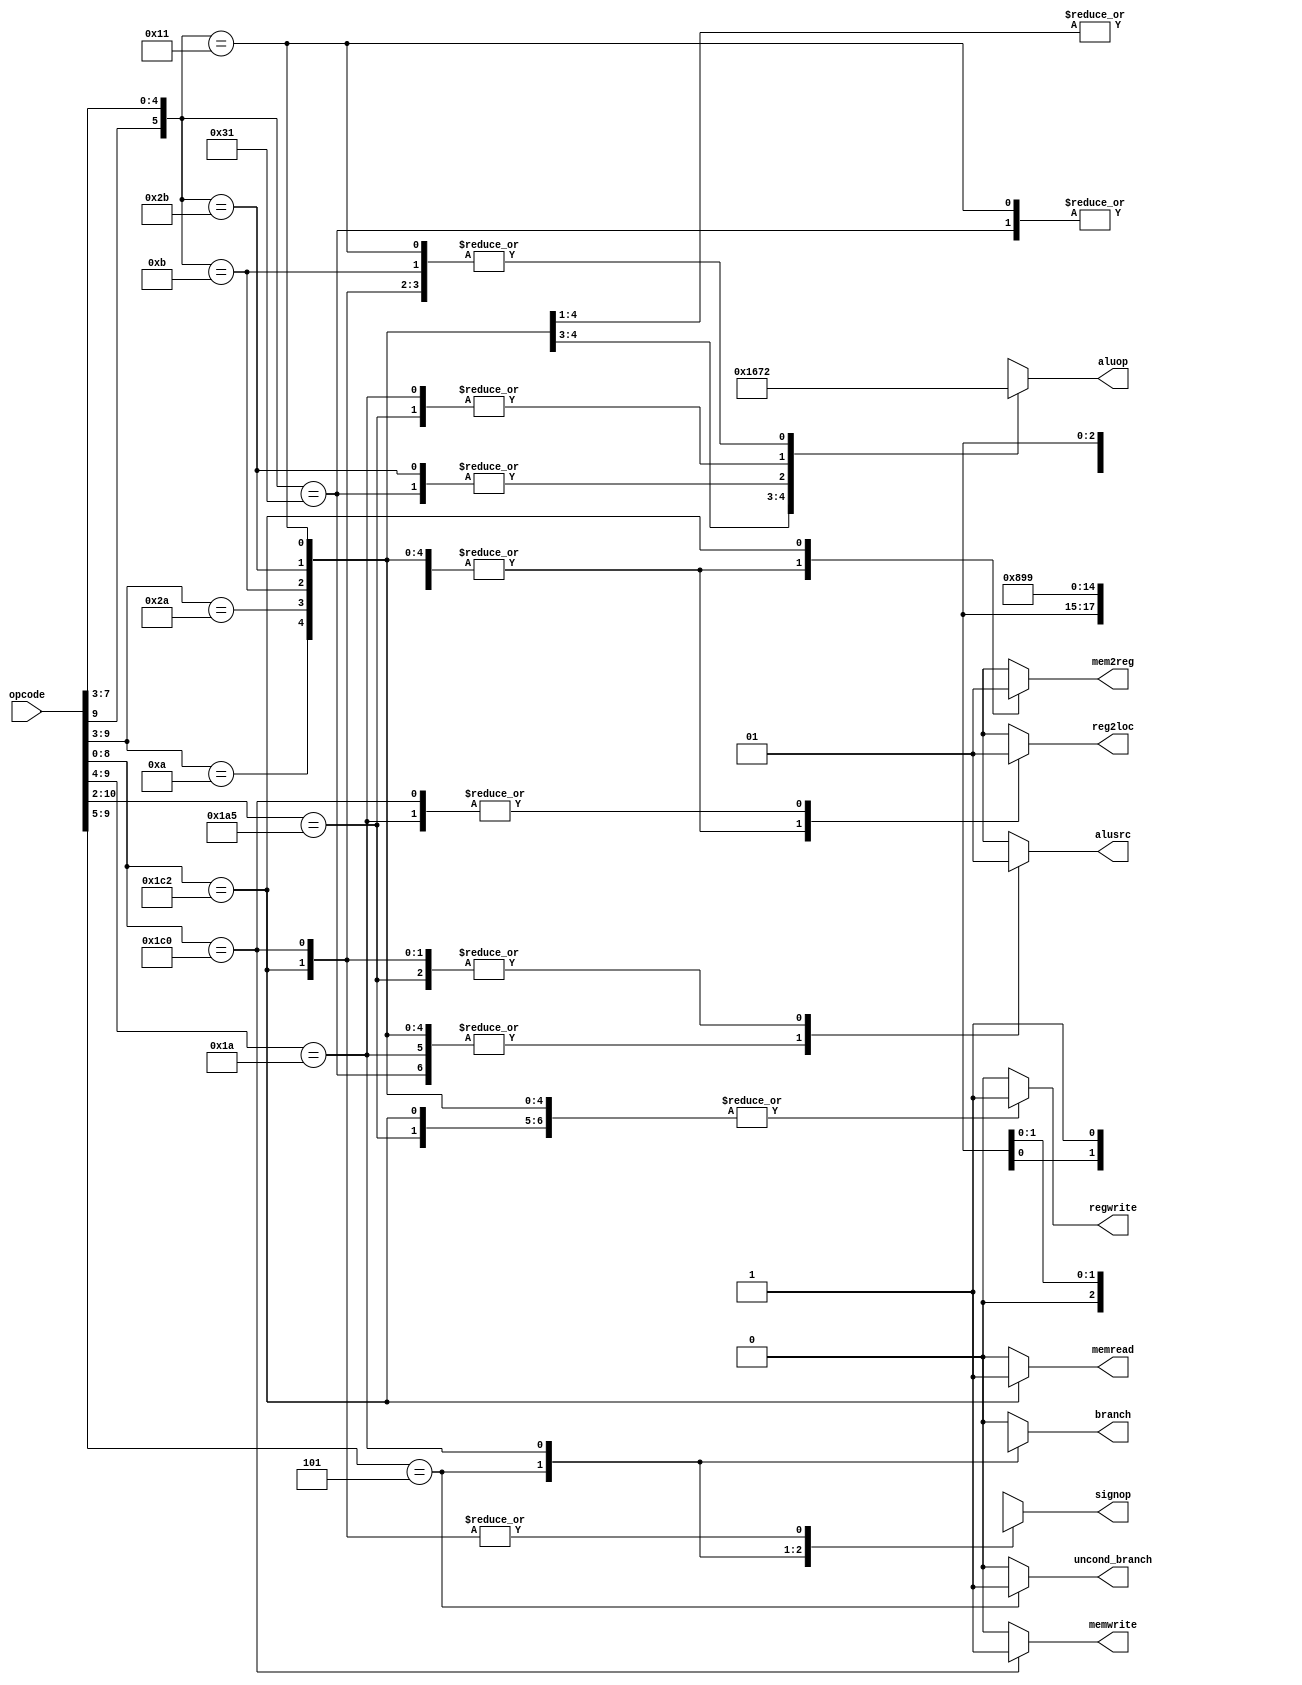
`define OPCODE_ANDREG 11'b?0001010???
`define OPCODE_ORRREG 11'b?0101010???
`define OPCODE_ADDREG 11'b?0?01011???
`define OPCODE_SUBREG 11'b?1?01011???

`define OPCODE_ADDIMM 11'b?0?10001???
`define OPCODE_SUBIMM 11'b?1?10001???

`define OPCODE_MOVZ   11'b110100101??

`define OPCODE_B      11'b?00101?????
`define OPCODE_CBZ    11'b?011010????

`define OPCODE_LDUR   11'b??111000010
`define OPCODE_STUR   11'b??111000000

module control(
    output reg reg2loc,
    output reg alusrc,
    output reg mem2reg,
    output reg regwrite,
    output reg memread,
    output reg memwrite,
    output reg branch,
    output reg uncond_branch,
    output reg [3:0] aluop,
    output reg [2:0] signop,
    input [10:0] opcode
);

always @(*)
begin
    casez (opcode)

        /* Add cases here for each instruction your processor supports */
        `OPCODE_ANDREG: begin
            reg2loc       <= 1'b0;
            alusrc        <= 1'b0;
            mem2reg       <= 1'b0;
            regwrite      <= 1'b1;
            memread       <= 1'b0;
            memwrite      <= 1'b0;
            branch        <= 1'b0;
            uncond_branch <= 1'b0;
            aluop         <= 4'b0000;
            signop        <= 3'bxxx;
        end
        
        `OPCODE_ORRREG: begin
            reg2loc       <= 1'b0;
            alusrc        <= 1'b0;
            mem2reg       <= 1'b0;
            regwrite      <= 1'b1;
            memread       <= 1'b0;
            memwrite      <= 1'b0;
            branch        <= 1'b0;
            uncond_branch <= 1'b0;
            aluop         <= 4'b0001;
            signop        <= 3'bxxx;
        end
        
        `OPCODE_ADDREG: begin
            reg2loc       <= 1'b0;
            alusrc        <= 1'b0;
            mem2reg       <= 1'b0;
            regwrite      <= 1'b1;
            memread       <= 1'b0;
            memwrite      <= 1'b0;
            branch        <= 1'b0;
            uncond_branch <= 1'b0;
            aluop         <= 4'b0010;
            signop        <= 3'bxxx;
        end
        
        `OPCODE_SUBREG: begin
            reg2loc       <= 1'b0;
            alusrc        <= 1'b0;
            mem2reg       <= 1'b0;
            regwrite      <= 1'b1;
            memread       <= 1'b0;
            memwrite      <= 1'b0;
            branch        <= 1'b0;
            uncond_branch <= 1'b0;
            aluop         <= 4'b0110;
            signop        <= 3'bxxx;
        end
        
        `OPCODE_ADDIMM: begin
            reg2loc       <= 1'b0;
            alusrc        <= 1'b0;
            mem2reg       <= 1'b0;
            regwrite      <= 1'b1;
            memread       <= 1'b0;
            memwrite      <= 1'b0;
            branch        <= 1'b0;
            uncond_branch <= 1'b0;
            aluop         <= 4'b0010;
            signop        <= 3'b000;
        end
        
        `OPCODE_SUBIMM: begin
            reg2loc       <= 1'b0;
            alusrc        <= 1'b0;
            mem2reg       <= 1'b0;
            regwrite      <= 1'b1;
            memread       <= 1'b0;
            memwrite      <= 1'b0;
            branch        <= 1'b0;
            uncond_branch <= 1'b0;
            aluop         <= 4'b0110;
            signop        <= 3'b000;
        end
        
        `OPCODE_MOVZ: begin
            reg2loc       <= 1'b0;
            alusrc        <= 1'b1;
            mem2reg       <= 1'b0;
            regwrite      <= 1'b1;
            memread       <= 1'b0;
            memwrite      <= 1'b0;
            branch        <= 1'b0;
            uncond_branch <= 1'b0;
            aluop         <= 4'b0111;
            signop        <= 3'b100;
        end
        
        `OPCODE_B: begin
            reg2loc       <= 1'bx;
            alusrc        <= 1'bx;
            mem2reg       <= 1'bx;
            regwrite      <= 1'b0;
            memread       <= 1'b0;
            memwrite      <= 1'b0;
            branch        <= 1'bx;
            uncond_branch <= 1'b1;
            aluop         <= 4'bxxxx;
            signop        <= 3'b010;
        end
        
        `OPCODE_CBZ: begin
            reg2loc       <= 1'b1;
            alusrc        <= 1'b0;
            mem2reg       <= 1'bx;
            regwrite      <= 1'b0;
            memread       <= 1'b0;
            memwrite      <= 1'b0;
            branch        <= 1'b1;
            uncond_branch <= 1'b0;
            aluop         <= 4'b0111;
            signop        <= 3'b011;
        end
        
        `OPCODE_LDUR: begin
            reg2loc       <= 1'bx;
            alusrc        <= 1'b1;
            mem2reg       <= 1'b1;
            regwrite      <= 1'b1;
            memread       <= 1'b1;
            memwrite      <= 1'b0;
            branch        <= 1'b0;
            uncond_branch <= 1'b0;
            aluop         <= 4'b0010;
            signop        <= 3'b001;
        end
        
        `OPCODE_STUR: begin
            reg2loc       <= 1'b1;
            alusrc        <= 1'b1;
            mem2reg       <= 1'bx;
            regwrite      <= 1'b0;
            memread       <= 1'b0;
            memwrite      <= 1'b1;
            branch        <= 1'b0;
            uncond_branch <= 1'b0;
            aluop         <= 4'b0010;
            signop        <= 3'b001;
        end

        default:
        begin
            reg2loc       <= 1'bx;
            alusrc        <= 1'bx;
            mem2reg       <= 1'bx;
            regwrite      <= 1'b0;
            memread       <= 1'b0;
            memwrite      <= 1'b0;
            branch        <= 1'b0;
            uncond_branch <= 1'b0;
            aluop         <= 4'bxxxx;
            signop        <= 2'bxx;
        end
    endcase
end

endmodule